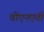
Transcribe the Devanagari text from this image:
वीएनएवी